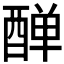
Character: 𨡙